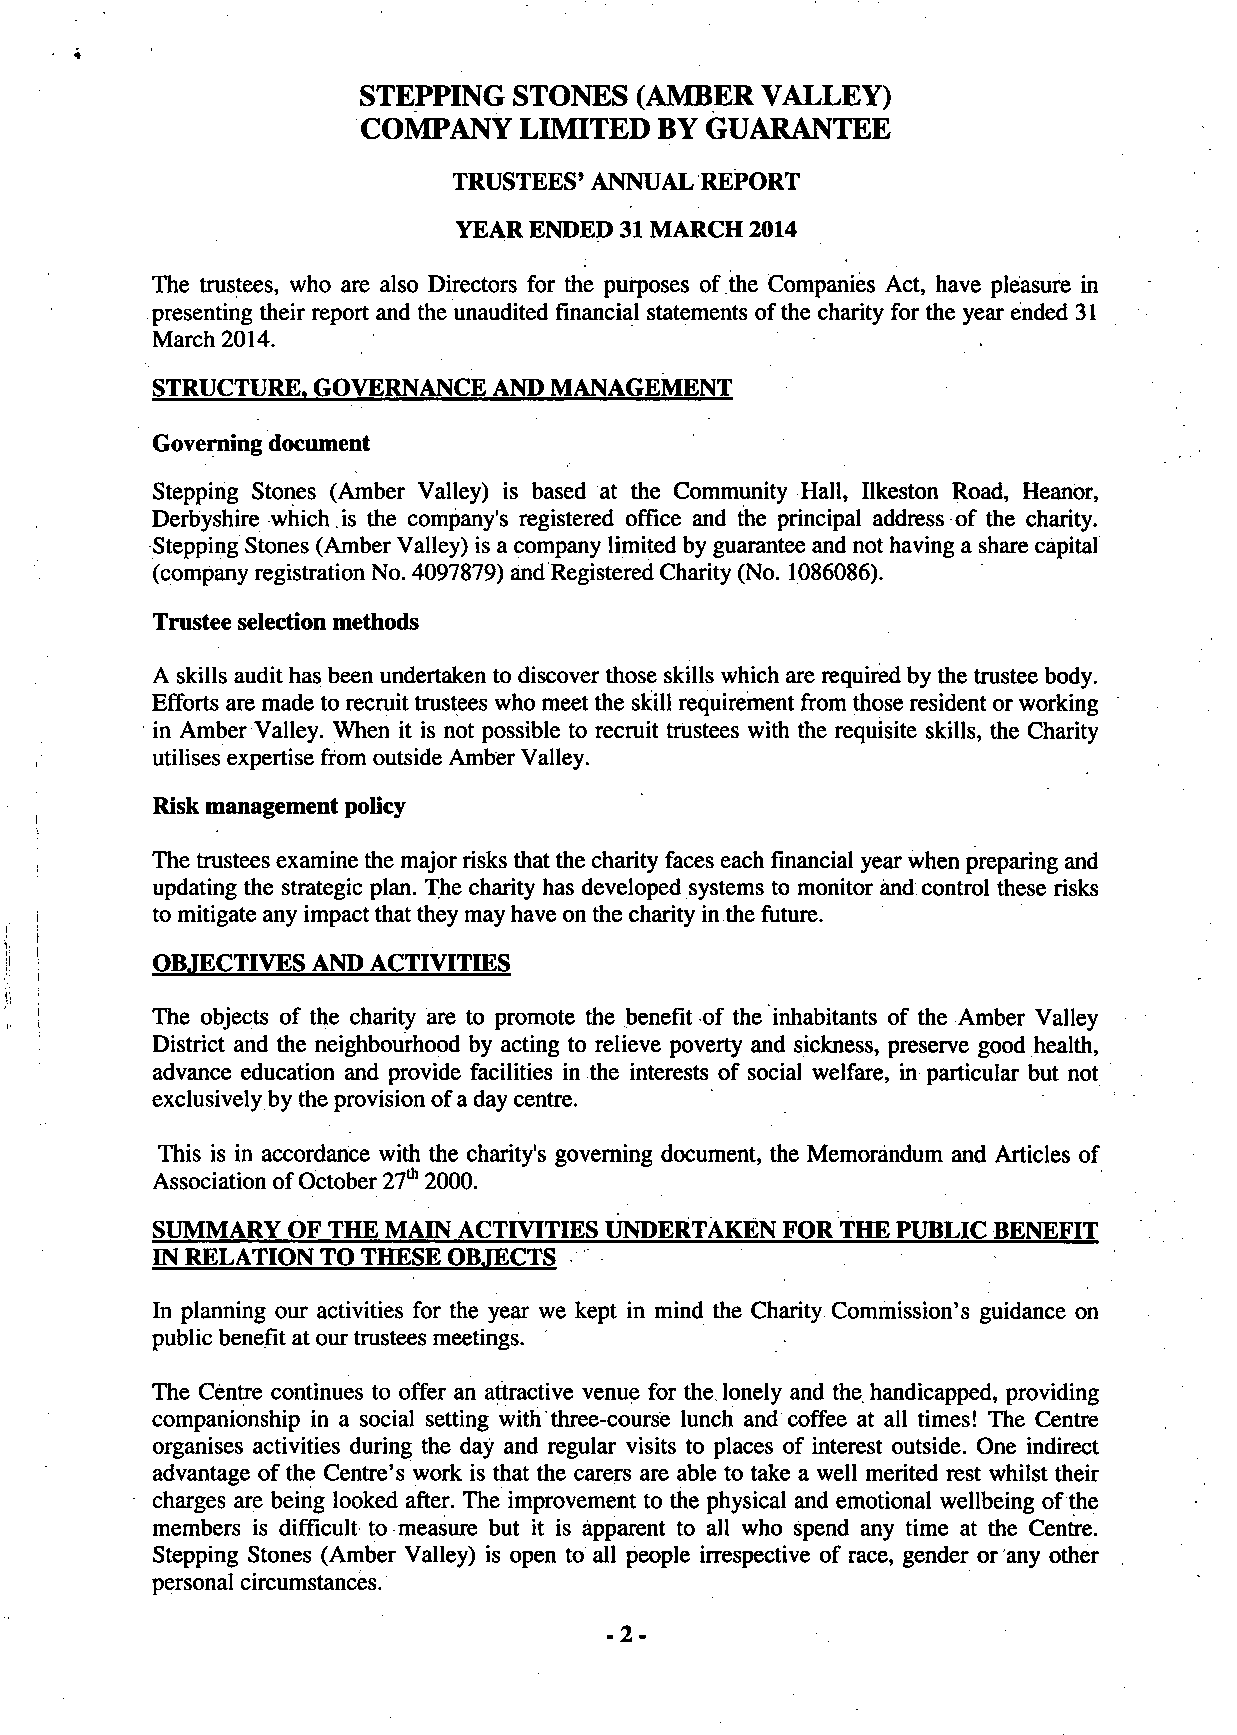
STEPPING  STONES  (AMBER   VALLEY)
 COMPANY   LIMITED   BY GUARANTEE
 TRUSTEES' ANNUAL REPORT
 YEAR ENDED 31 MARCH 2014
 The trustees, who are also Directors for the purposes of the Companies Act, have pleasure in
 presenting their report and the unaudited financial statements of the charity for the year ended 31
 March 2014.
 STRUCTURE. GOVERNANCE  AND MANAGEMENT
 Governing document
 Stepping Stones (Amber Valley) is based at the Community Hall, Ilkeston Road, Heanor,
 Derbyshire which , is the company's registered office and the principal address of the charity.
 Stepping Stones (Amber Valley) is a company limited by guarantee and not having a share capital
 (company registration No. 4097879) and Registered Charity (No. 1086086).
 Trustee selection methods
 A skills audit has been undertaken to discover those skills which are required by the trustee body.
 Efforts are made to recruit trustees who meet the skill requirement from those resident or working
 in Amber Valley. When it is not possible to recruit trustees with the requisite skills, the Charity
 utilises expertise from outside Amber Valley.
 Risk management policy
 The trustees examine the major risks that the charity faces each financial year when preparing and
 updating the strategic plan. The charity has developed systems to monitor and control these risks
 to mitigate any impact that they may have on the charity in the future.
 OBJECTIVES AND ACTIVITIES
 The objects of the charity are to promote the benefit of the inhabitants of the Amber Valley
 District and the neighbourhood by acting to relieve poverty and sickness, preserve good health,
 advance education and provide facilities in the interests of social welfare, in particular but not
 exclusively by the provision of a day centre.
 This is in accordance with the charity's governing document, the Memorandum and Articles of
 Association of October 27th 2000.
 SUMMARY  OF THE MAIN ACTIVITIES UNDERTAKEN FOR THE PUBLIC BENEFIT
 IN RELATION TO THESE OBJECTS
 In planning our activities for the year we kept in mind the Charity Commission's guidance on
 public benefit at our trustees meetings.
 The Centre continues to offer an attractive venue for the lonely and the handicapped, providing
 companionship in a social setting with three-course lunch and coffee at all times! The Centre
 organises activities during the day and regular visits to places of interest outside. One indirect
 advantage of the Centre's work is that the carers are able to take a well merited rest whilst their
 charges are being looked after. The improvement to the physical and emotional wellbeing of the
 members is difficult to measure but it is apparent to all who spend any time at the Centre.
 Stepping Stones (Amber Valley) is open to all people irrespective of race, gender or any other
 personal circumstances.
 -2-